Vaccination in Bombay 1863-1868 - 1863-1868
Year: 1863
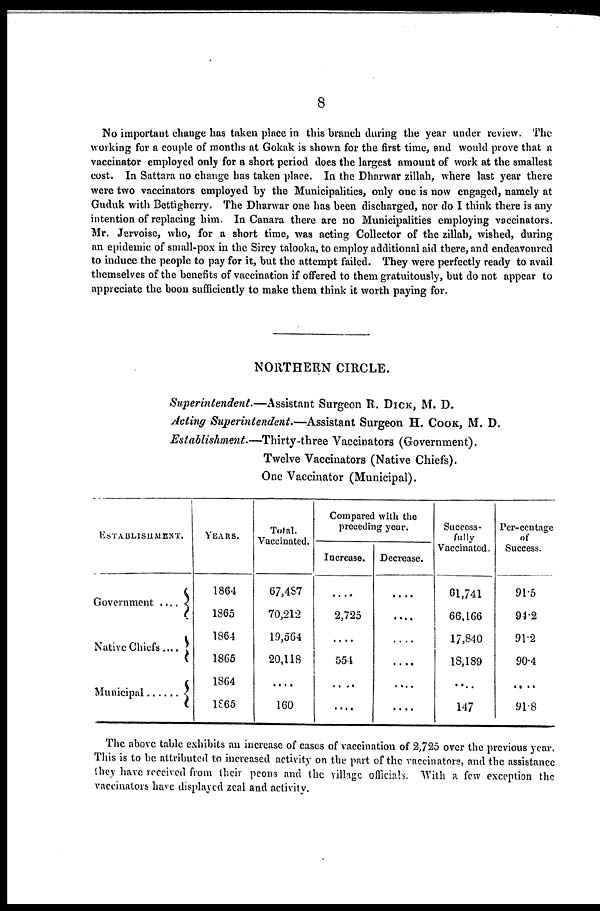
8
No important change has taken place in this branch during the year under review. The
working for a couple of months at Gokak is shown for the first time, and would prove that a
vaccinator employed only for a short period does the largest amount of work at the smallest
cost. In Sattara no change has taken place. In the Dharwar zillah, where last year there
were two vaccinators employed by the Municipalities, only one is now engaged, namely at
Guduk with Bettigherry. The Dharwar one has been discharged, nor do I think there is any
intention of replacing him. In Canara there are no Municipalities employing vaccinators.
Mr. Jervoise, who, for a short time, was acting Collector of the zillah, wished, during
an epidemic of small-pox in the Sircy talooka, to employ additional aid there, and endeavoured
to induce the people to pay for it, but the attempt failed. They were perfectly ready to avail
themselves of the benefits of vaccination if offered to them gratuitously, but do not appear to
appreciate the boon sufficiently to make them think it worth paying for.
NORTHERN CIRCLE.
Superintendent.—Assistant
Surgeon R. DICK, M. D.
Acting Superintendent.—Assistant
Surgeon H. COOK, M. D.
Establishment.—Thirty-three
Vaccinators (Government).
Twelve Vaccinators (Native Chiefs).
One Vaccinator (Municipal).
ESTABLISHMENT.
Government ....
Native Chiefs ....
Municipal ......
YEARS.
1864
1865
1864
1865
1864
1865
Total.
Vaccinated.
67,457
70,212
19,564
20,118
....
160
Compared with the
preceding year.
Increase.
....
2,725
....
554
....
....
Decrease.
....
....
....
....
....
....
Success-
fully
Vaccinated.
61,741
66,166
17,840
18,189
....
147
Per-centage
of
Success.
91.5
94.2
91.2
90.4
....
91.8
The above table exhibits an increase of cases of vaccination of 2,725 over the previous year.
This is to be attributed to increased activity on the part of the vaccinators, and the assistance
they have received from their peons and the village officials. With a few exception the
vaccinators have displayed zeal and activity.